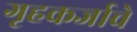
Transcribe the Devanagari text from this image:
गृहकर्जाचे